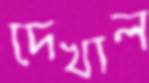
দেখাল